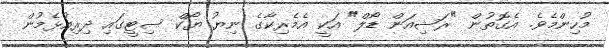
މުހިންމެވެ. އެގޮތުން "ރަޝިއަން ޑޯލް" އަކީ އެމެރިކާގެ ނިޔު ޔޯކް ސިޓީގައި ދިރިއުޅެމުން